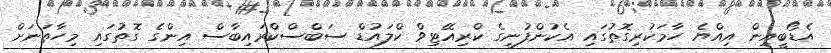
އެޑޯބީއިން އިއްޔެ ހާމަކުރިގޮތުގައި އެކުންފުނީގެ ކްރިއޭޓިވް ކްލައުޑް ސަބްސްކްރައިބާސް އިންގެ ގޮތުގައި މިހާތަނަށް